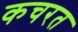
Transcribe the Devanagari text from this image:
कचरत